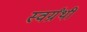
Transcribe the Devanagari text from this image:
स्वर्ग्रंथी